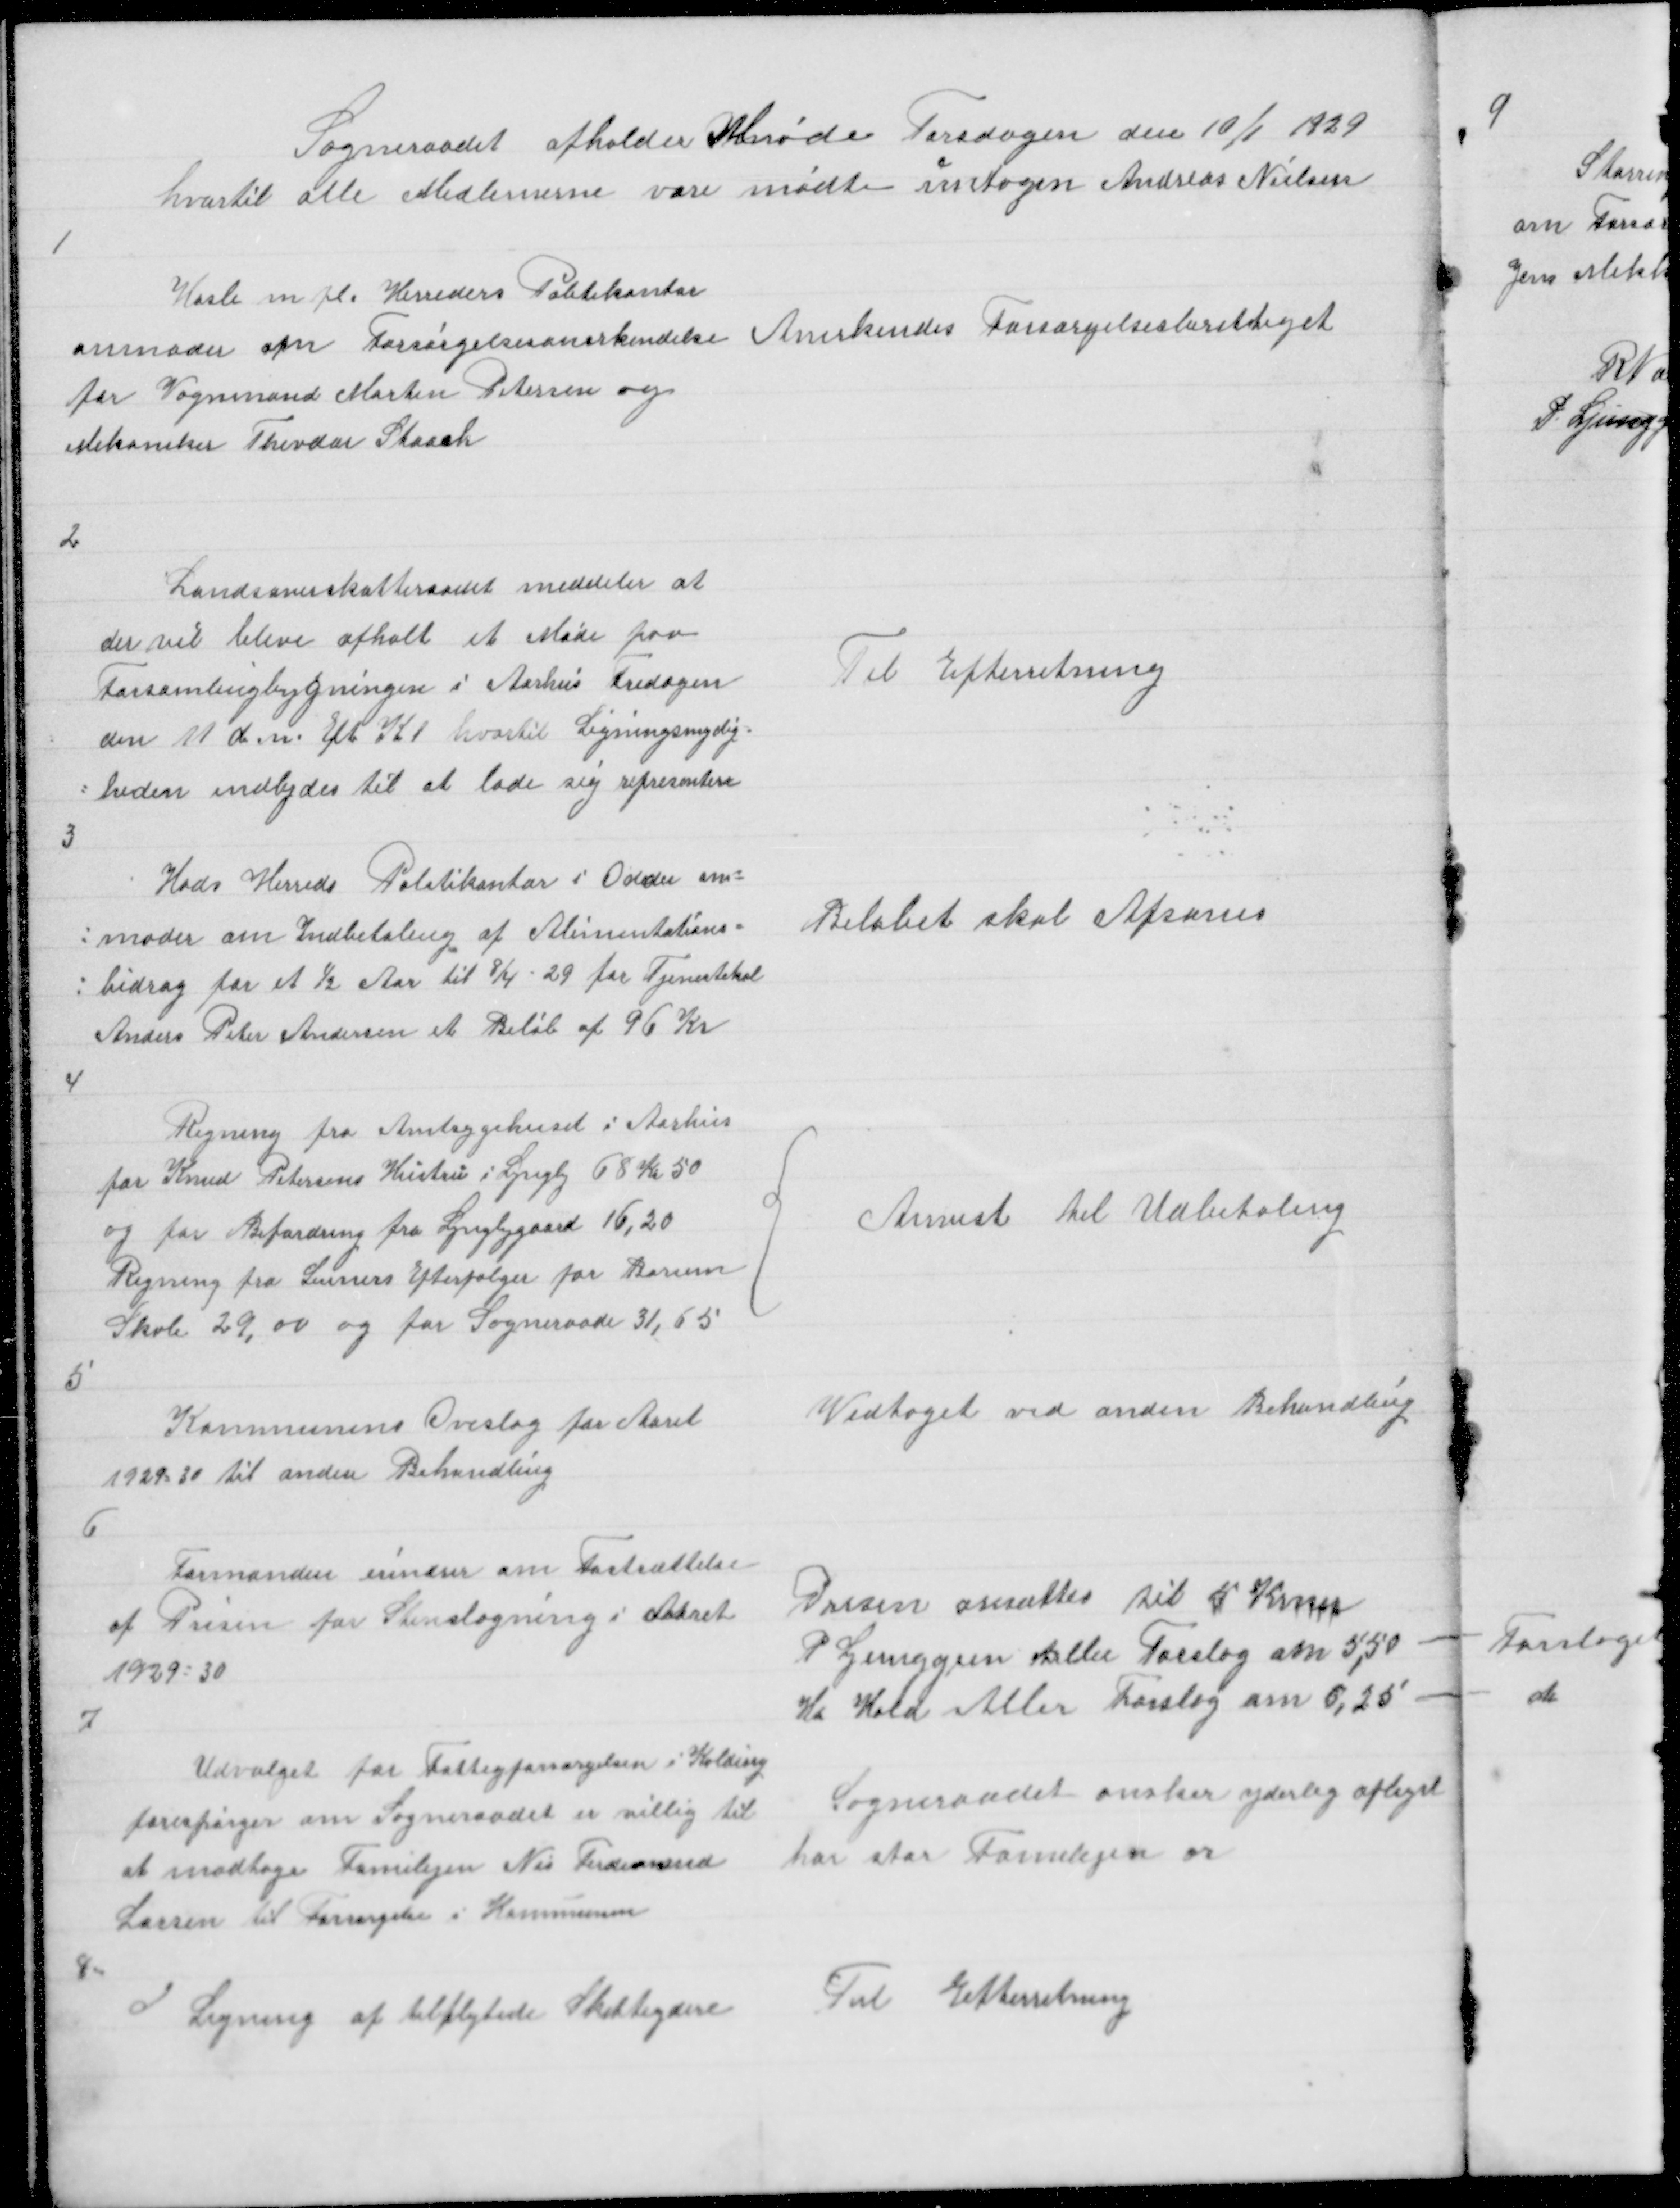
Transskription:
Sogneraadet afholder Møde Torsdagen den 10/1 1929
hvortil alle Medlemerne vare mødte untagen Andreas Nielsen

1

Hasle m fl. Herreders Politkontor
anmoder om Forsørgelsesanerkendelse
for Vognmand Morten Petersen og
Mekaniker Thevdor Staack

Anerkendes Forsørgelsesberettiget

2

Landsoverskatteraadet meddeler at
der vil blive afholt et Møde paa
Forsamlingbygningen i Aarhus Fredagen
den 11 d. n. Eft K 1 hvortil Ligningsmydig =
= heden indbydes til at lade sig representere

Til Efterretning

3

Hads Herreds Politikontor i Odder an =
= moder om Indbetaling af Alimentations =
= bidrag for et ½ Aar til 8/4 - 29 for Tjenestekal
Anders Peter Andersen et Beløb af 96 Kr

Beløbet skal Afsones

4

Regning fra Amtsygehuset i Aarhus
for Knud Petersens Hustru i Lyngby 68 Kr 50
og for Befordring fra Lyngbygaard 16,20
Regning fra Seuners Efterfølger for Borum
Skole 29,00 og for Sogneraade 31,65

{

Anvist til Udbetaling

5

Kommunens Overslag for Aaret
1929 - 30 til anden Behandling

Vedtaget ved anden Behandling

6

Formanden erindrer om Fastsættelse
af Prisen for Stenslagning i Aaret
1929 - 30

Prisen ansættes til 5 Krner
P Ljunggren stiller Forslag om 5,50 -
H Hald stller Forslag om 5,25 -

7

Udvalget for Fattigforsørgelsen i Kolding
forespørger om Sogneraadet er villig til
at modtage Familijen Nis Ferdinand
Larsen til Forsørgelse i Kommunen

Sogneraadet ønsker yderlig oplyst
hor stor Familijen er

8

Ligning af tilflytede Skatteydere

Til Efterretning